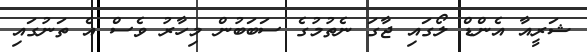
ޝަރީއާ އެންޑް ލޯގައި ޖާގަ ނެތުމުގެ ސަބަބުން މިހާރު ވެސް އެ ތަނުގައި